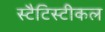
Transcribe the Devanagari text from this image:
स्टैटिस्टीकल